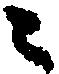
々